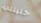
خليلتي